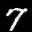
Label: 7